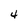
Character: 4